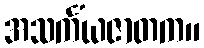
အသင်္ကံယဇာတက။